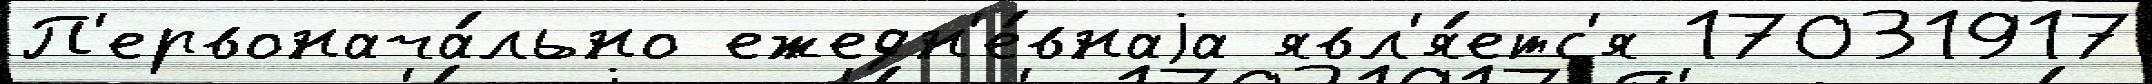
П'ервонача́льно ежедн'е́внаjа явл'я́етс'я 17031917